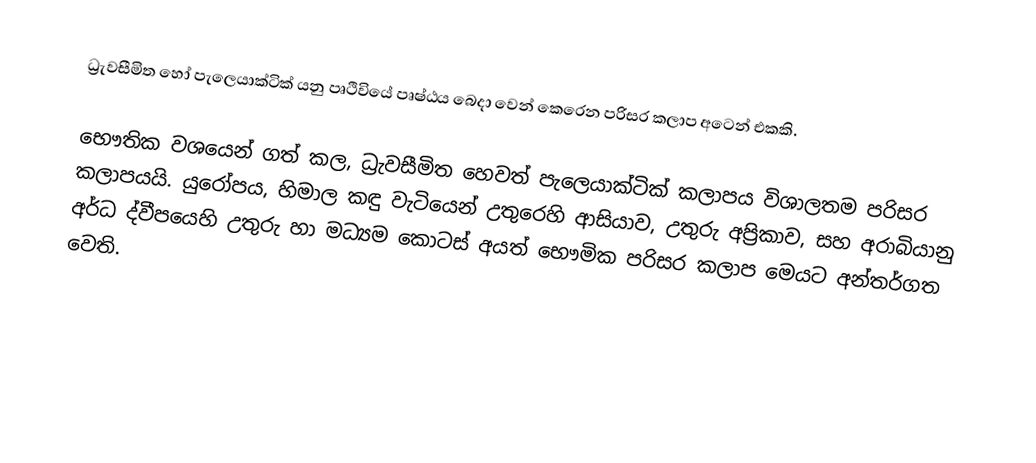
ධ්‍රැවසීමිත  හෝ පැලෙයාක්ටික් යනු පෘථිවියේ පෘෂ්ඨය බෙදා වෙන් කෙරෙන පරිසර කලාප අටෙන් එකකි.

භෞතික වශයෙන් ගත් කල, ධ්‍රැවසීමිත හෙවත් පැලෙයාක්ටික් කලාපය විශාලතම පරිසර කලාපයයි. යුරෝපය,  හිමාල කඳු වැටියෙන් උතුරෙහි ආසියාව, උතුරු අප්‍රිකාව, සහ අරාබියානු අර්ධ ද්වීපයෙහි උතුරු හා මධ්‍යම කොටස් අයත් භෞමික පරිසර කලාප මෙයට අන්තර්ගත වෙති.